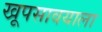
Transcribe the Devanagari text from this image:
खूपसावयाला